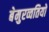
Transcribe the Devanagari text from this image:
बेमुरव्वतियों